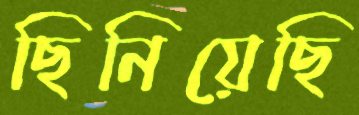
ছিনিয়েছি